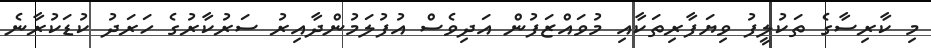
މި ކާރިސާގެ ތަކުލީފު ވިޔަފާރިތަކާއި މުވައްޒަފުން އަދިވެސް އުފުލަމުންދާއިރު ސަރުކާރުގެ ހަރަދު ކުޑަކުރާނެ